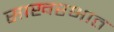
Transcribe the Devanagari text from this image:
साखरभात